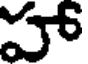
హ